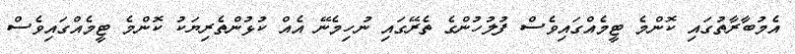
އެމުބާރާތުގައި ކޮންމެ ޓީމެއްގައިވެސް ފުލުހުންގެ ތެރޭގައި ނުހިމެނޭ އެއް ކުޅުންތެރިޔަކު ކޮންމެ ޓީމެއްގައިވެސް